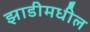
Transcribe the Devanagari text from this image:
झाडीमधील